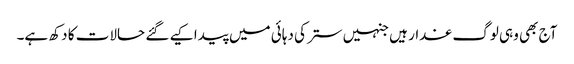
آج بھی وہی لوگ غدار ہیں جنہیں ستر کی دہائی میں پیدا کیے گئے حالات کا دکھ ہے۔